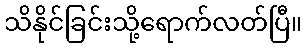
သိနိုင်ခြင်းသို့ရောက်လတ်ပြီ။